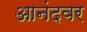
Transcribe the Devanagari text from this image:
आनंदवर